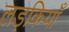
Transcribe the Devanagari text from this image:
लड़कियॉं